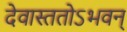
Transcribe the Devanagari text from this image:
देवास्ततोऽभवन्